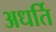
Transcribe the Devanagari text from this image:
अधर्ति